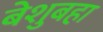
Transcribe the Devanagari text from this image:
बेशुबहा